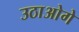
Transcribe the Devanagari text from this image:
उठाओगे